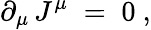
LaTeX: \partial_{\mu}\, J^{\mu}\; =\; 0~,